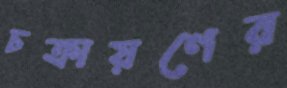
চক্রায়ণের